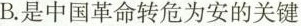
B.是中国革命转危为安的关键